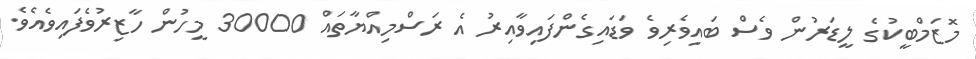
މޮޒަމްބީކުގެ ލީޑަރުން ވެސް ބައިވެރިވެ ވަޑައިގެންފައިވާއިރު އެ ރަސްމިއްޔާތައް 30000 މީހުން ހާޒިރުވެފައިވެއެވެ.